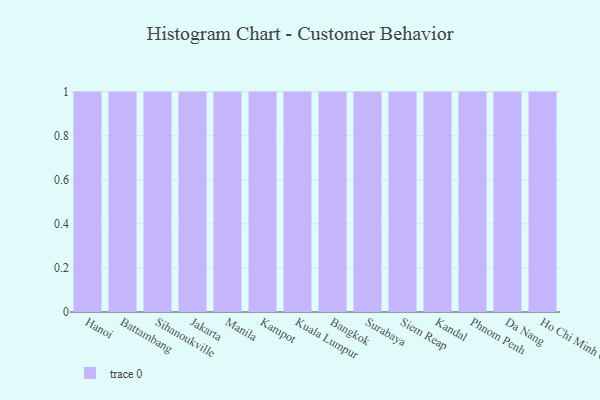
{"axis": {"x": "City", "y": "Humidity (%)"}, "legend": [""], "data": [{"x": "Hanoi", "y": 23, "type": ""}, {"x": "Battambang", "y": 62, "type": ""}, {"x": "Sihanoukville", "y": 43, "type": ""}, {"x": "Jakarta", "y": 9, "type": ""}, {"x": "Manila", "y": 22, "type": ""}, {"x": "Kampot", "y": 98, "type": ""}, {"x": "Kuala Lumpur", "y": 59, "type": ""}, {"x": "Bangkok", "y": 83, "type": ""}, {"x": "Surabaya", "y": 84, "type": ""}, {"x": "Siem Reap", "y": 68, "type": ""}, {"x": "Kandal", "y": 13, "type": ""}, {"x": "Phnom Penh", "y": 90, "type": ""}, {"x": "Da Nang", "y": 24, "type": ""}, {"x": "Ho Chi Minh City", "y": 78, "type": ""}]}